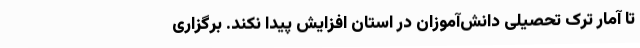
تا آمار ترک تحصیلی دانش‌آموزان در استان افزایش پیدا نکند. برگزاری